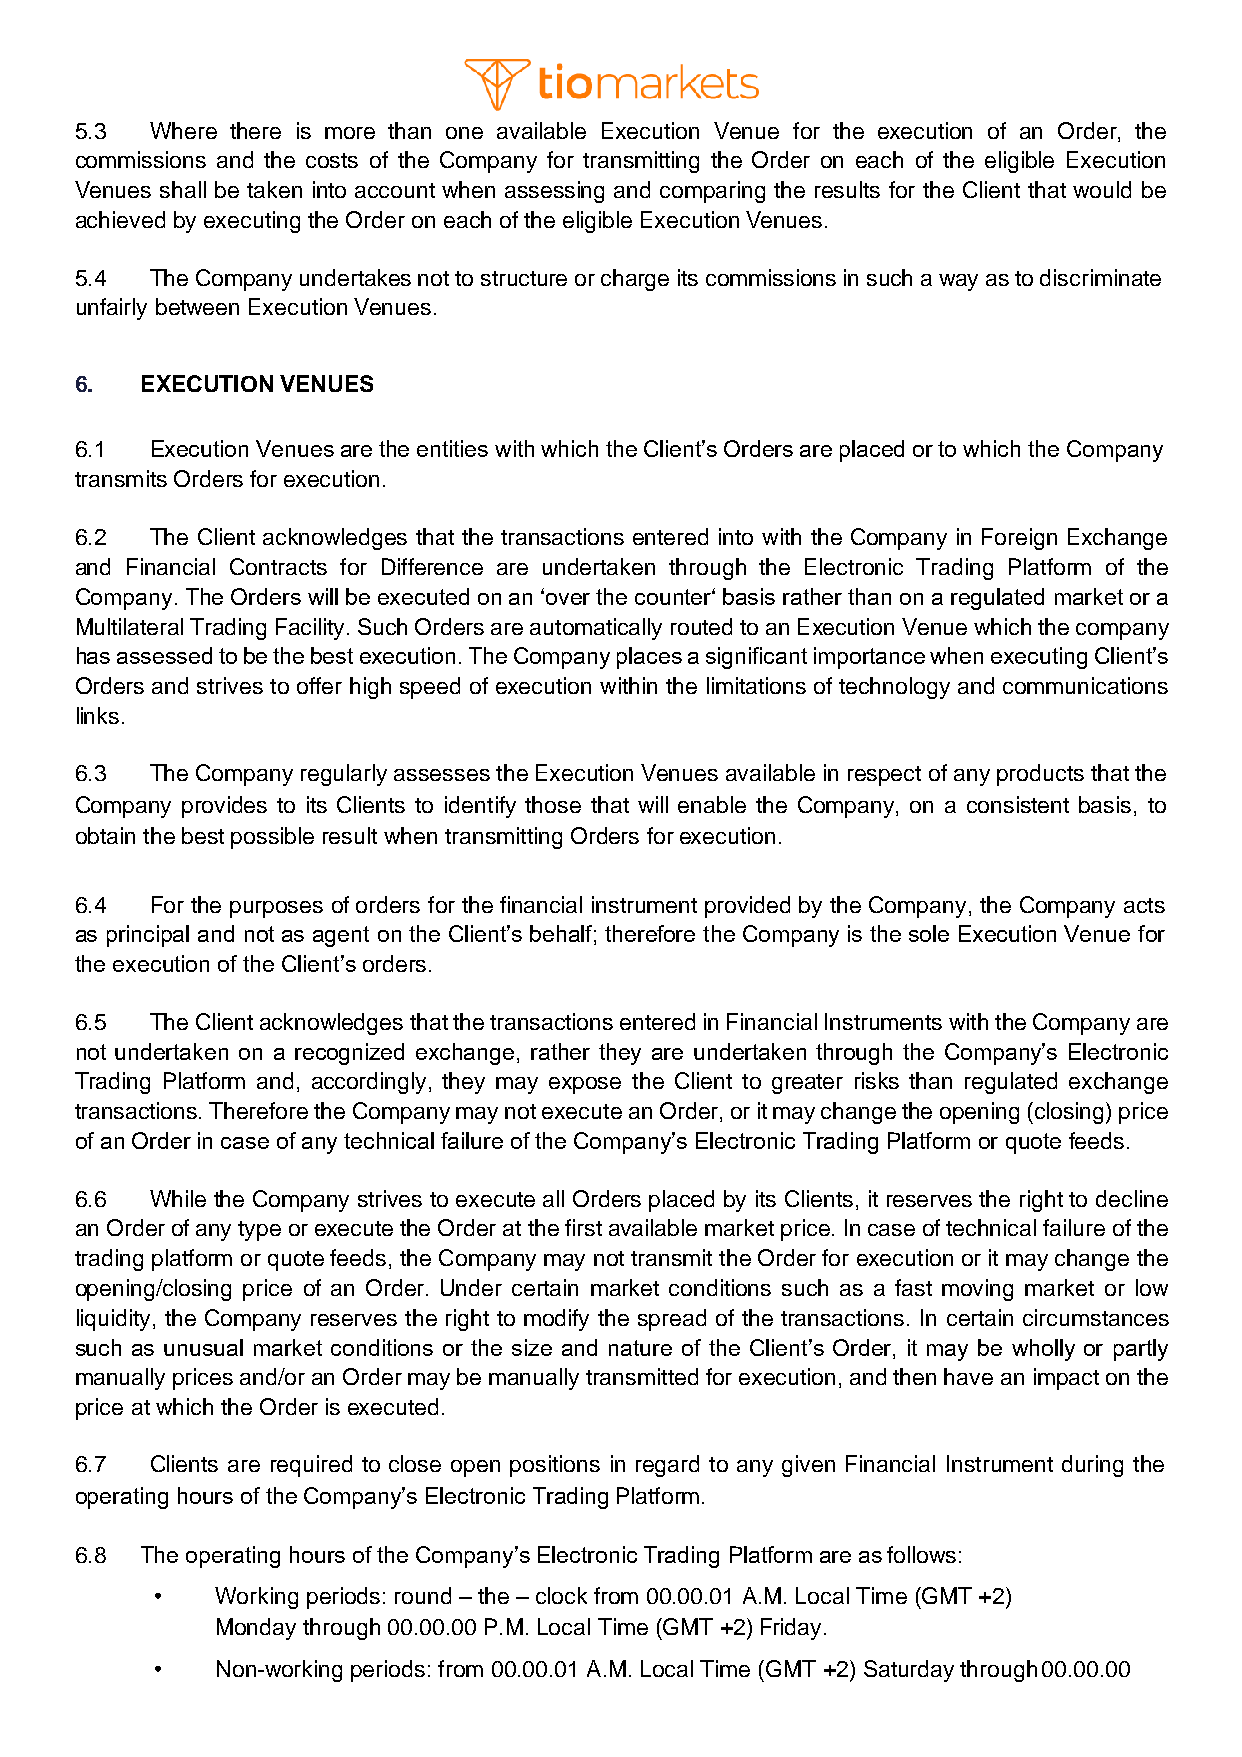
5.3  Where there is more than one available Execution Venue for the execution of an Order, the
 commissions and the costs of the Company for transmitting the Order on each of the eligible Execution
 Venues shall be taken into account when assessing and comparing the results for the Client that would be
 achieved by executing the Order on each of the eligible Execution Venues.
 5.4  The Company undertakes not to structure or charge its commissions in such a way as to discriminate
 unfairly between Execution Venues.
 6.  EXECUTION VENUES
 6.1  Execution Venues are the entities with which the Client’s Orders are placed or to which the Company
 transmits Orders for execution.
 6.2  The Client acknowledges that the transactions entered into with the Company in Foreign Exchange
 and Financial Contracts for Difference are undertaken through the Electronic Trading Platform of the
 Company. The Orders will be executed on an ‘over the counter‘ basis rather than on a regulated market or a
 Multilateral Trading Facility. Such Orders are automatically routed to an Execution Venue which the company
 has assessed to be the best execution. The Company places a significant importance when executing Client’s
 Orders and strives to offer high speed of execution within the limitations of technology and communications
 links.
 6.3  The Company regularly assesses the Execution Venues available in respect of any products that the
 Company provides to its Clients to identify those that will enable the Company, on a consistent basis, to
 obtain the best possible result when transmitting Orders for execution.
 6.4  For the purposes of orders for the financial instrument provided by the Company, the Company acts
 as principal and not as agent on the Client’s behalf; therefore the Company is the sole Execution Venue for
 the execution of the Client’s orders.
 6.5  The Client acknowledges that the transactions entered in Financial Instruments with the Company are
 not undertaken on a recognized exchange, rather they are undertaken through the Company’s Electronic
 Trading Platform and, accordingly, they may expose the Client to greater risks than regulated exchange
 transactions. Therefore the Company may not execute an Order, or it may change the opening (closing) price
 of an Order in case of any technical failure of the Company’s Electronic Trading Platform or quote feeds.
 6.6  While the Company strives to execute all Orders placed by its Clients, it reserves the right to decline
 an Order of any type or execute the Order at the first available market price. In case of technical failure of the
 trading platform or quote feeds, the Company may not transmit the Order for execution or it may change the
 opening/closing price of an Order. Under certain market conditions such as a fast moving market or low
 liquidity, the Company reserves the right to modify the spread of the transactions. In certain circumstances
 such as unusual market conditions or the size and nature of the Client’s Order, it may be wholly or partly
 manually prices and/or an Order may be manually transmitted for execution, and then have an impact on the
 price at which the Order is executed.
 6.7  Clients are required to close open positions in regard to any given Financial Instrument during the
 operating hours of the Company’s Electronic Trading Platform.
 6.8 The operating hours of the Company’s Electronic Trading Platform are as follows:
 •   Working periods: round – the – clock from 00.00.01 A.M. Local Time (GMT +2)
 Monday through 00.00.00 P.M. Local Time (GMT +2) Friday.
 •   Non-working periods: from 00.00.01 A.M. Local Time (GMT +2) Saturday through 00.00.00